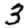
Digit: 3